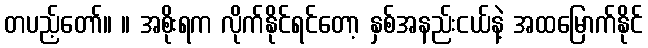
တပည့်တော်။ ။ အစိုးရက လိုက်နိုင်ရင်တော့ နှစ်အနည်းငယ်နဲ့ အထမြောက်နိုင်